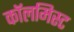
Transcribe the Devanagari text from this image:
कॉलमिस्ट